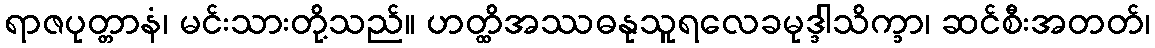
ရာဇပုတ္တာနံ၊ မင်းသားတို့သည်။ ဟတ္ထိအဿဓနုသူရလေခမုဒ္ဒါသိက္ခာ၊ ဆင်စီးအတတ်၊